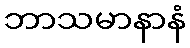
ဘာသမာနာနံ